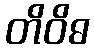
တိဝိဓ